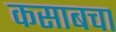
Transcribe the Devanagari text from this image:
कसाबचा